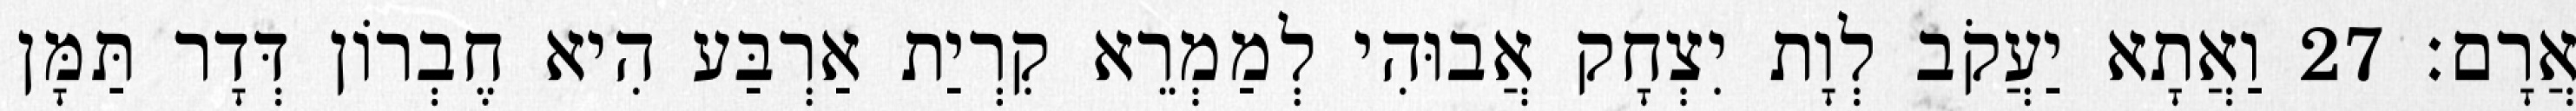
אֲרָם׃ 27 וַאֲתָא יַעֲקֹב לְוָת יִצְחָק אֲבוּהִי לְמַמְרֵא קִרְיַת אַרְבַּע הִיא חֶבְרוֹן דְּדָר תַּמָּן